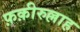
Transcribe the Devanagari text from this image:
फ़क़ीरुल्लाह